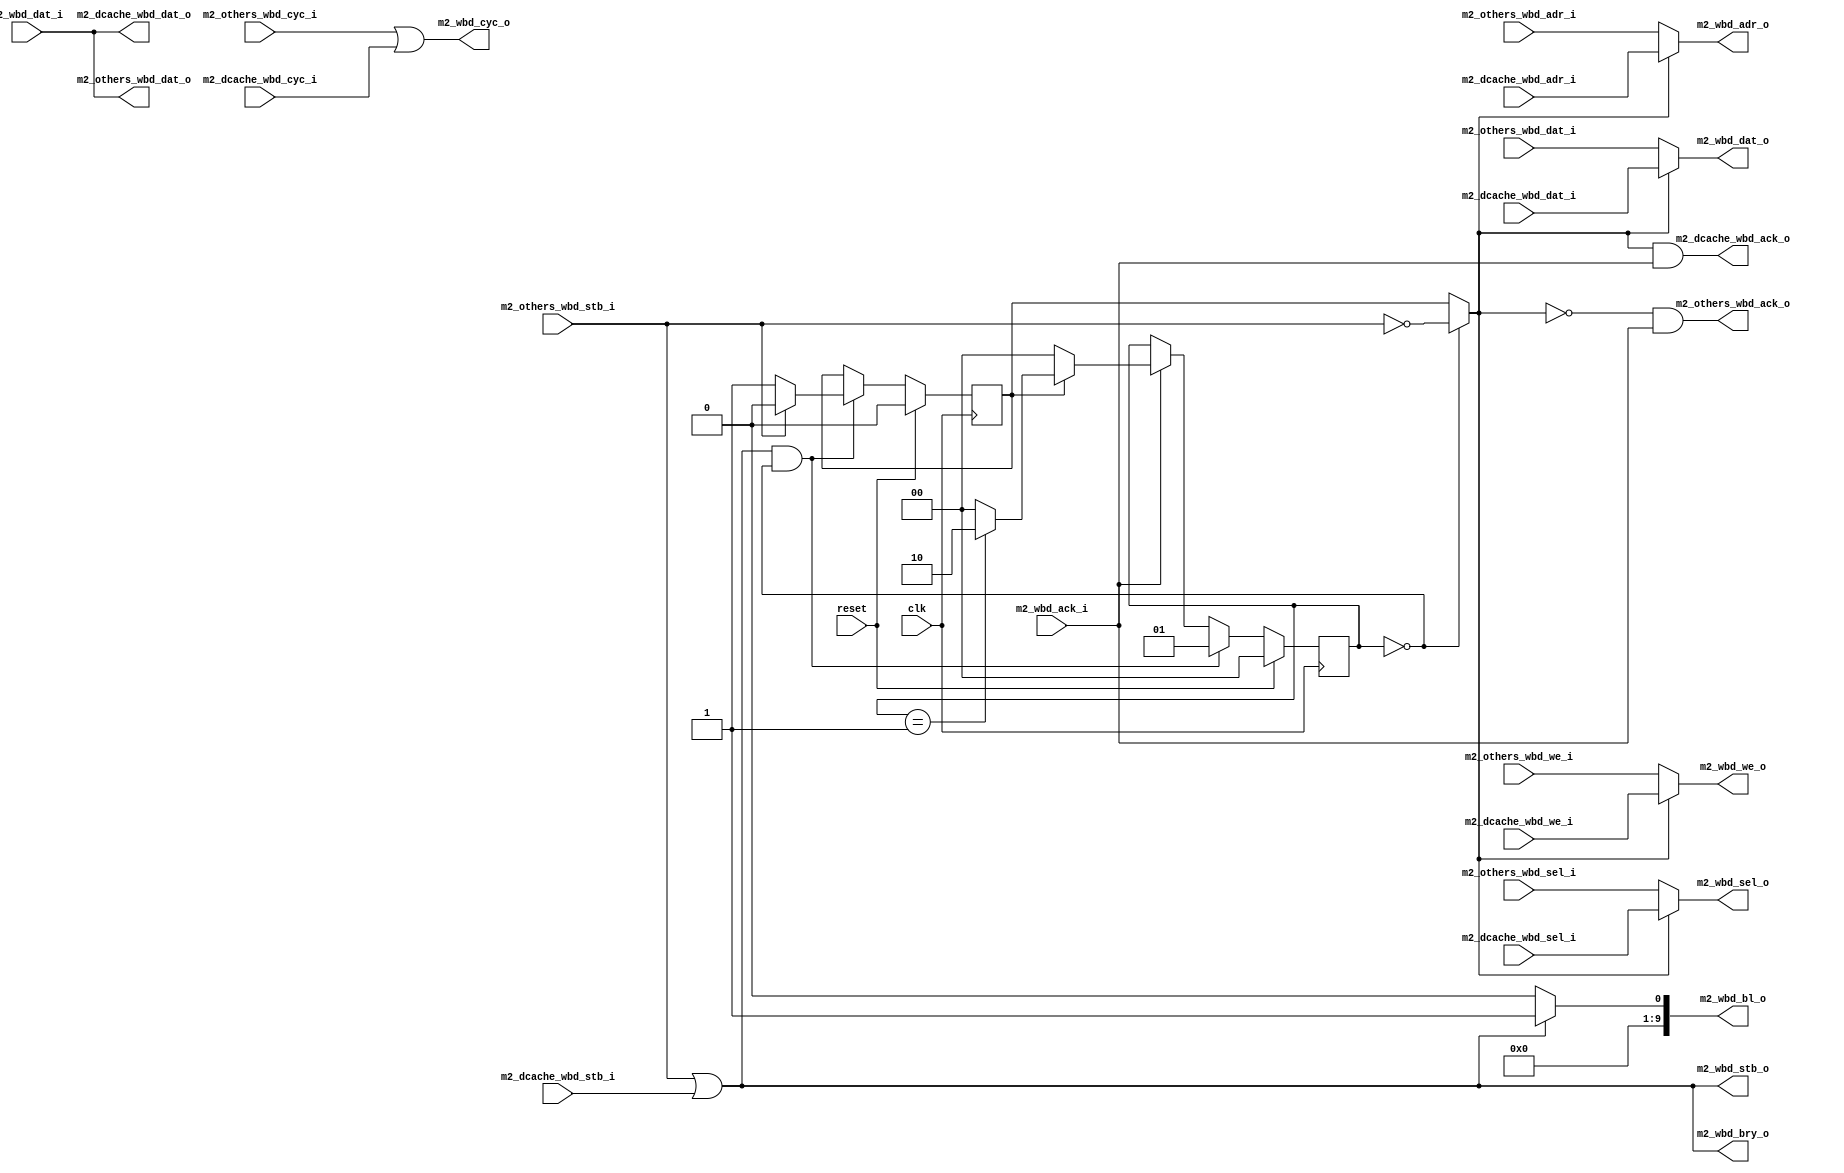
module bus_arbiter(
`ifdef USE_POWER_PINS
    inout vccd1,       // User area 1 1.8V supply
    inout vssd1,       // User area 1 digital ground
`endif
    input clk, 
    input reset,
    // others <> SOC
    input [31:0] m2_others_wbd_dat_i,
    input [31:0] m2_others_wbd_adr_i, 
    input [3:0] m2_others_wbd_sel_i,
    input m2_others_wbd_we_i,
    input m2_others_wbd_cyc_i,
    input m2_others_wbd_stb_i,
    output [31:0] m2_others_wbd_dat_o,
    output m2_others_wbd_ack_o,
    // D$ <-> Soc
    input [31:0] m2_dcache_wbd_dat_i, 
    input [31:0] m2_dcache_wbd_adr_i, 
    input [3:0] m2_dcache_wbd_sel_i,
    input m2_dcache_wbd_we_i,
    input m2_dcache_wbd_cyc_i,
    input m2_dcache_wbd_stb_i,
    output [31:0] m2_dcache_wbd_dat_o,
    output m2_dcache_wbd_ack_o, 

    // lsu <-> Soc
    output [31:0] m2_wbd_dat_o, 
    output [31:0] m2_wbd_adr_o, 
    output [3:0] m2_wbd_sel_o,
    output [9:0] m2_wbd_bl_o,
    output m2_wbd_bry_o,
    output m2_wbd_we_o,
    output m2_wbd_cyc_o,
    output m2_wbd_stb_o,
    input [31:0] m2_wbd_dat_i,
    input m2_wbd_ack_i
);
reg[1:0] lock;
reg m2_wb_sel_ff; // 0 for others, 1 for dcache
reg [31:0] m2_dcache_wbd_dat;
reg [31:0] m2_dcache_wbd_adr; 
reg [3:0] m2_dcache_wbd_sel;
reg [9:0] m2_dcache_wbd_bl;
reg m2_dcache_wbd_bry;
reg m2_dcache_wbd_we;
reg m2_dcache_wbd_cyc;
reg m2_dcache_wbd_stb;
wire m2_wb_sel = lock == 0 ? ~m2_others_wbd_stb_i : m2_wb_sel_ff;
assign m2_wbd_cyc_o = m2_others_wbd_cyc_i | m2_dcache_wbd_cyc_i;
assign m2_wbd_stb_o = m2_others_wbd_stb_i | m2_dcache_wbd_stb_i;
assign m2_wbd_dat_o = ~m2_wb_sel ? m2_others_wbd_dat_i : m2_dcache_wbd_dat_i;
assign m2_wbd_adr_o = ~m2_wb_sel ? m2_others_wbd_adr_i : m2_dcache_wbd_adr_i;
assign m2_wbd_sel_o = ~m2_wb_sel ? m2_others_wbd_sel_i : m2_dcache_wbd_sel_i;
assign m2_wbd_we_o = ~m2_wb_sel ? m2_others_wbd_we_i : m2_dcache_wbd_we_i;

assign m2_others_wbd_dat_o = m2_wbd_dat_i;
assign m2_dcache_wbd_dat_o = m2_wbd_dat_i;
assign m2_others_wbd_ack_o = (m2_wb_sel == 0) & m2_wbd_ack_i;
assign m2_dcache_wbd_ack_o = (m2_wb_sel == 1) & m2_wbd_ack_i;
// unused wishbone interface for memory
assign m2_wbd_bry_o = m2_wbd_stb_o;
assign m2_wbd_bl_o = m2_wbd_stb_o ? 10'b1 : 10'b0 ;


always @(posedge clk) begin
    if(reset) begin
        lock <= '0;
        m2_wb_sel_ff <= '0;
        m2_dcache_wbd_dat <= '0;
        m2_dcache_wbd_adr <= '0;
        m2_dcache_wbd_sel <= '0;
        m2_dcache_wbd_bl <= '0;
        m2_dcache_wbd_bry <= '0;
        m2_dcache_wbd_we <= '0;
        m2_dcache_wbd_cyc <= '0;
        m2_dcache_wbd_stb <= '0;
    end
    else begin
        if(m2_wbd_stb_o & (lock == 2'b0)) begin
            lock <= 2'b01;
            if(m2_others_wbd_stb_i) begin
                m2_wb_sel_ff <= '0;
            end
            else begin
                m2_wb_sel_ff <= '1;
            end 
        end
        else if(m2_wbd_ack_i) begin
            if(m2_wb_sel_ff == 0) begin
                lock <= '0;
            end
            else begin
                lock <= (lock == 2'b01) ? 2'b10 : 2'b0;
            end 
        end
    end
end

endmodule